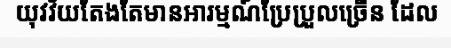
យុវវ័យតែងតែមានអារម្មណ៍ប្រែប្រួលច្រើន ដែល